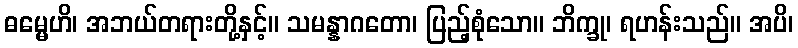
ဓမ္မေဟိ၊ အဘယ်တရားတို့နှင့်။ သမန္နာဂတော၊ ပြည့်စုံသော။ ဘိက္ခု၊ ရဟန်းသည်။ အပိ၊